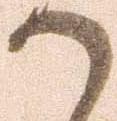
か